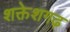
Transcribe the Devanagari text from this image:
शक्तेशगढ़